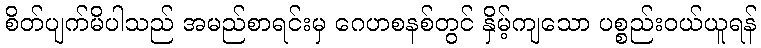
စိတ်ပျက်မိပါသည် အမည်စာရင်းမှ ဂေဟစနစ်တွင် နှိမ့်ကျသော ပစ္စည်းဝယ်ယူရန်